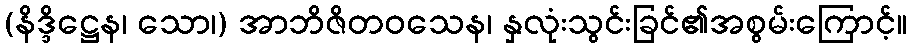
(နိဒ္ဒိဋ္ဌေန၊ သော၊) အာဘိဇိတဝသေန၊ နှလုံးသွင်းခြင်၏အစွမ်းကြောင့်။